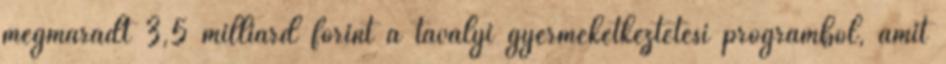
megmaradt 3,5 milliárd forint a tavalyi gyermekétkeztetési programból, amit